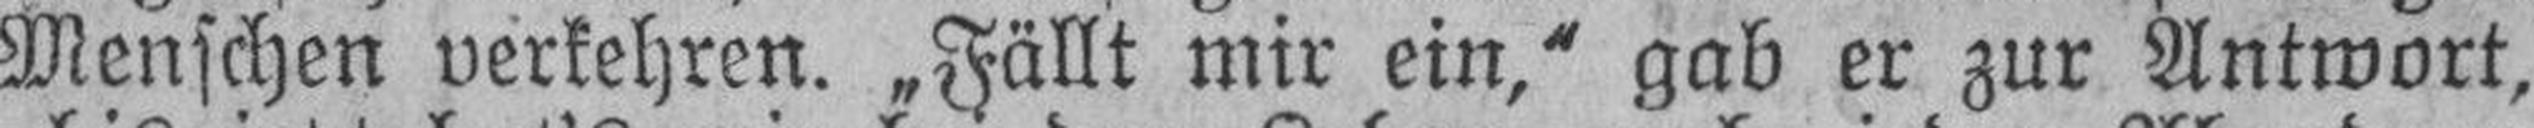
Menschen verkehren. „Fällt mir ein,“ gab er zur Antwort,